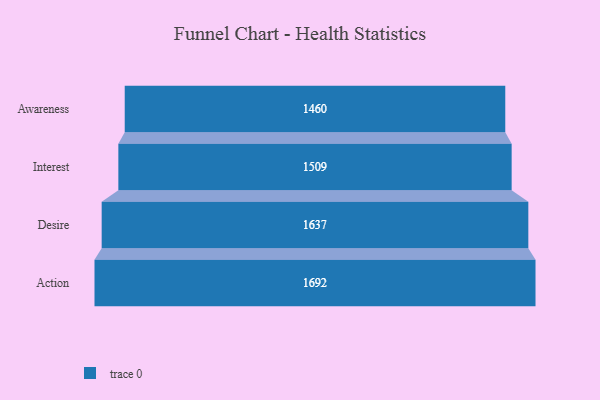
{"axis": {"x": "Stage", "y": "Value"}, "legend": [""], "data": [{"x": "Awareness", "y": 1460.0, "type": ""}, {"x": "Interest", "y": 1509.0, "type": ""}, {"x": "Desire", "y": 1637.0, "type": ""}, {"x": "Action", "y": 1692.0, "type": ""}]}